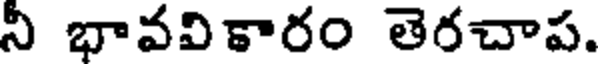
న భావవికారం తెరచాప.